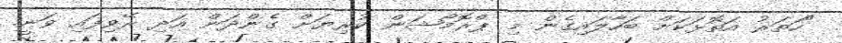
"ހަތަރު އަތޮޅަކަށް ބަހާލައިގެން މި ޕްރޮމޯޝަން ކުރިޔަށް ގެންދަން އަދި ރޭވިފައި ވަނީ.